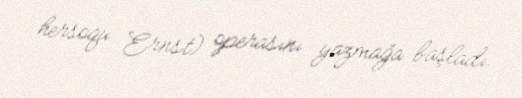
hersoqu Ernst) operasını yazmağa başladı.